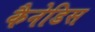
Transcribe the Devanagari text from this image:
कैनेडिस